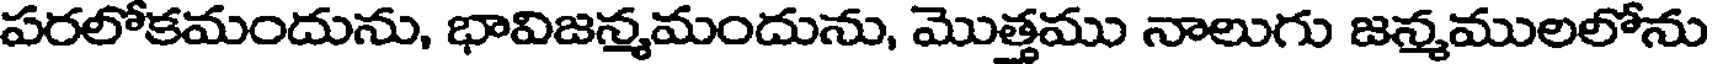
పరలోకమందును, భావిజన్మమందును, మొత్తము నాలుగు జన్మములలోను